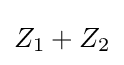
Z_{1}+Z_{2}\,\!